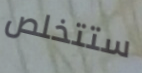
ستتخلص